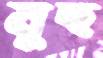
লুচ্ছ